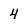
Character: 4